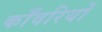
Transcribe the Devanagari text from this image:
काँवरियों